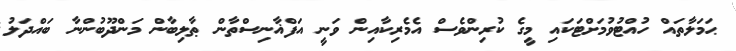
ޙަމަލާތައް ހުއްޓުވުމަށްޓަކައި މީގެ ކުރިންވެސް އެމެރިކާއިން ވަނީ އަފްޣާނިސްތާން ޠާލިބާން މަންދޫބުންނާ ބައްދަލު